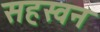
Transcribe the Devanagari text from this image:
सहस्वन